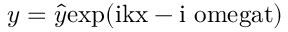
y = \hat { y } \mathrm { { e x p } ( i k x - i \ o m e g a t ) }